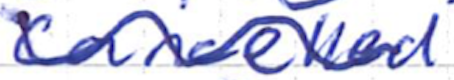
Text: canceled
Cross-out: wave
Writing tool: ballpoint